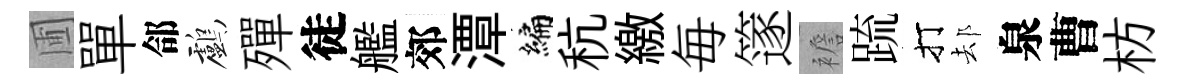
圃單郃鸕殫徒艦郊潭编秔繳毎篴襜䟽打𨚫泉曹枋